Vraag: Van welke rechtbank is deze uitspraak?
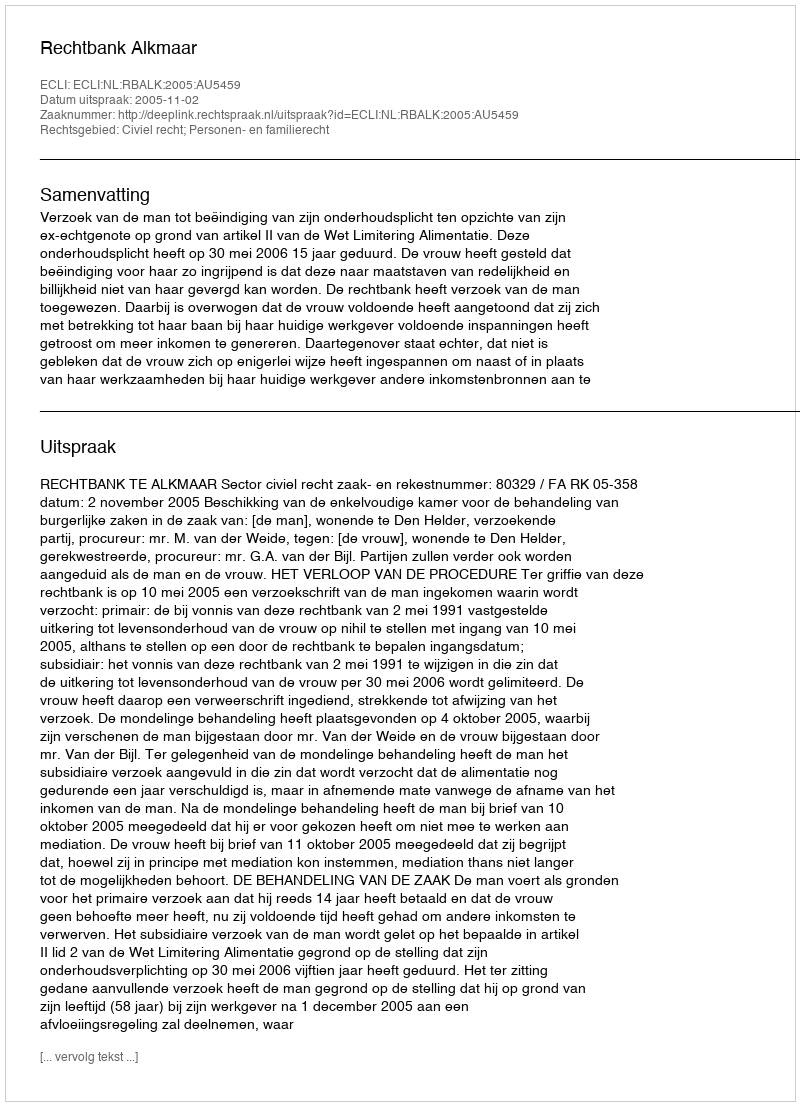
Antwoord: Rechtbank Alkmaar